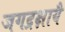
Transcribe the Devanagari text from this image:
जगद्रक्षायै